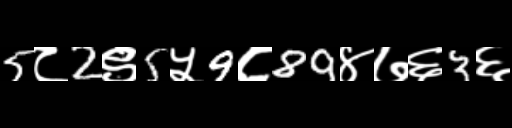
Text: 5८2९5५9८89४७६3६